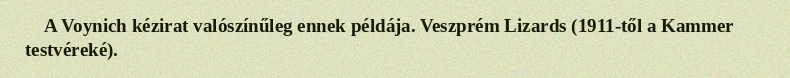
A Voynich kézirat valószínűleg ennek példája. Veszprém Lizards (1911-től a Kammer testvéreké).